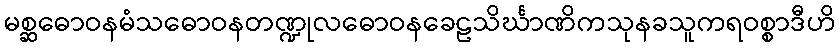
မစ္ဆဓောဝနမံသဓောဝနတဏ္ဍုလဓောဝနခေဠသိင်္ဃာဏိကသုနခသူကရဝစ္စာဒီဟိ